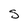
Character: s